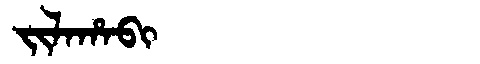
Manchu: ᠵᡳᠯᠠᡥᠠᠪᡳ
Romanization: JILAHABI